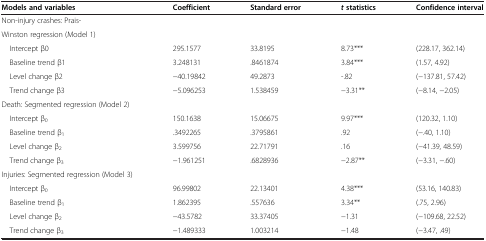
| Models and variables | Coefficient | Standard error | t statistics | Confidence interval |
 | --- | --- | --- | --- | --- |
 | Non-injury crashes: Prais- |  |  |  |  |
 | Winston regression (Model 1) |  |  |  |  |
 | Intercept β0 | 295.1577 | 33.8195 | 8.73*** | (228.17, 362.14) |
 | Baseline trend β1 | 3.248131 | .8461874 | 3.84*** | (1.57, 4.92) |
 | Level change β2 | -40.19842 | 49.2873 | -.82 | (-137.81, 57.42) |
 | Trend change β3 | -5.096253 | 1.538459 | -3.31** | (-8.14, -2.05) |
 | Death: Segmented regression (Model 2) |  |  |  |  |
 | Intercept β0 | 150.1638 | 15.06675 | 9.97*** | (120.32, 1.10) |
 | Baseline trend β1 | .3492265 | .3795861 | .92 | (-.40, 1.10) |
 | Level change β2 | 3.599756 | 22.71791 | .16 | (-41.39, 48.59) |
 | Trend change β3 | -1.961251 | .6828936 | -2.87** | (-3.31, -.60) |
 | Injuries: Segmented regression (Model 3) |  |  |  |  |
 | Intercept β0 | 96.99802 | 22.13401 | 4.38*** | (53.16, 140.83) |
 | Baseline trend β1 | 1.862395 | .557636 | 3.34** | (.75, 2.96) |
 | Level change β2 | -43.5782 | 33.37405 | -1.31 | (-109.68, 22.52) |
 | Trend change β3 | -1.489333 | 1.003214 | -1.48 | (-3.47, .49) |